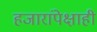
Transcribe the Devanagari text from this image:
हजारांपेक्षाही